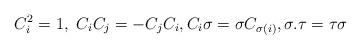
LaTeX: \begin{align*}C_i^2=1,\ C_iC_j=-C_jC_i, C_i\sigma=\sigma C_{\sigma(i)}, \sigma.\tau=\tau\sigma \end{align*}